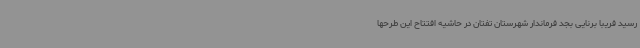
رسید فریبا برنایی بجد فرماندار شهرستان تفتان در حاشیه افتتاح این طرحها